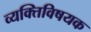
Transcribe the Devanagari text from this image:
व्यक्तिविषयक